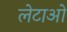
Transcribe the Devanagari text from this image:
लेटाओ